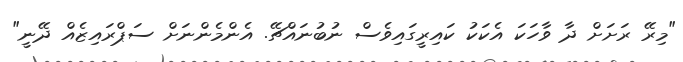
"މިރޭ ރަށަށް ދާ ވާހަކަ އެކަކު ކައިރީގައިވެސް ނުބުނައްޗޭ. އެންމެންނަށް ސަޕްރައިޒެއް ދޭނީ"